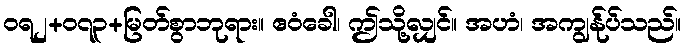
ဝရ၂+၀၇၃+မြတ်စွာဘုရား။ ဧဝံခေါ၊ ဤသို့လျှင်။ အဟံ၊ အကျွန်ုပ်သည်။